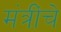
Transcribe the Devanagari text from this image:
मंत्रींचे